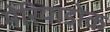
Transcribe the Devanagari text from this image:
मेरियाडोक